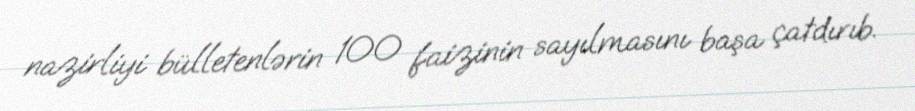
nazirliyi bülletenlərin 100 faizinin sayılmasını başa çatdırıb.